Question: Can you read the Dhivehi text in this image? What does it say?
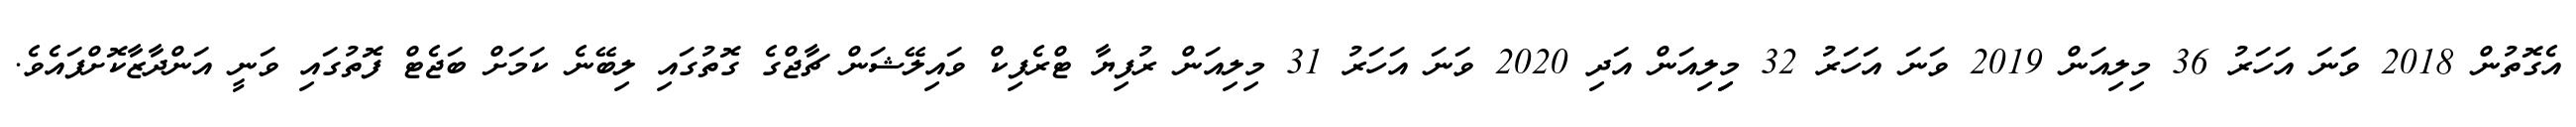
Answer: އެގޮތުން 2018 ވަަނަ އަހަރު 36 މިލިއަން 2019 ވަނަ އަހަރު 32 މިިލިއަން އަދި 2020 ވަނަ އަހަރު 31 މިލިއަން ރުފިޔާ ޓްރެފިކް ވައިލޭޝަން ޗާޖްގެ ގޮތުގައި ލިބޭނެ ކަމަށް ބަޖެޓް ފޮތުގައި ވަނީ އަންދާޒާކޮށްފައެވެ.